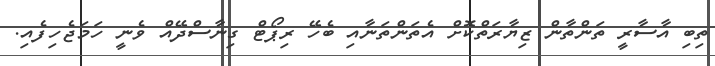
ތިބި އާސާރީ ތަންތާން ޒިޔާރަތްކޮށް އެތަންތަނާއި ބެހޭ ރިޕޯޓް ގިނާސްދޭއް ވެނީ ހަމަޖެހިފެއި.